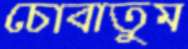
চোবাতুম